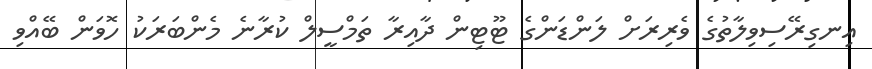
އިނގިރޭސިވިލާތުގެ ވެރިރަށް ލަންޑަންގެ ޓޫޓިން ދާއިރާ ތަމްސީލް ކުުރާނެ މެންބަރަކު ހޮވަން ބޭއްވި